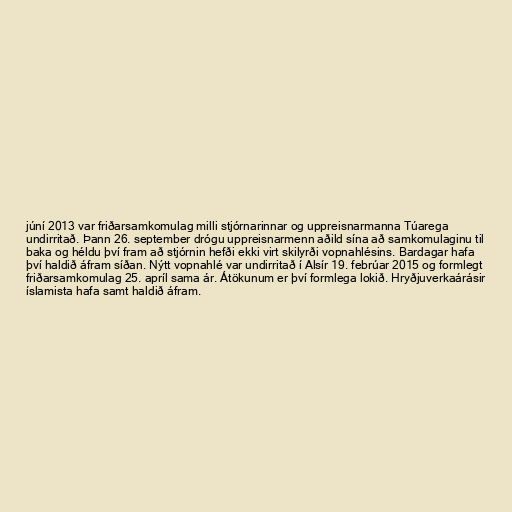
júní 2013 var friðarsamkomulag milli stjórnarinnar og uppreisnarmanna Túarega
undirritað. Þann 26. september drógu uppreisnarmenn aðild sína að samkomulaginu til
baka og héldu því fram að stjórnin hefði ekki virt skilyrði vopnahlésins. Bardagar hafa
því haldið áfram síðan. Nýtt vopnahlé var undirritað í Alsír 19. febrúar 2015 og formlegt
friðarsamkomulag 25. apríl sama ár. Átökunum er því formlega lokið. Hryðjuverkaárásir
íslamista hafa samt haldið áfram.